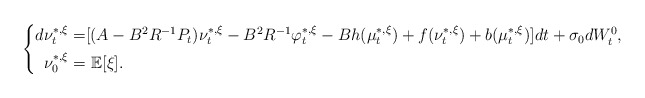
\begin{align*}\left\{\begin{aligned}d\nu_t^{*,\xi}=&[(A-B^2R^{-1}P_t)\nu_t^{*,\xi}-B^2R^{-1}\varphi_t^{*,\xi}-Bh(\mu_t^{*,\xi})+f(\nu_t^{*,\xi})+b(\mu_t^{*,\xi})]dt+\sigma_0dW^0_t,\\\nu_0^{*,\xi}=&~\mathbb{E}[\xi].\end{aligned}\right.\end{align*}